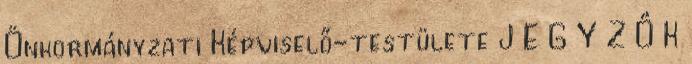
Önkormányzati Képviselő-testülete J E G Y Z Ő K